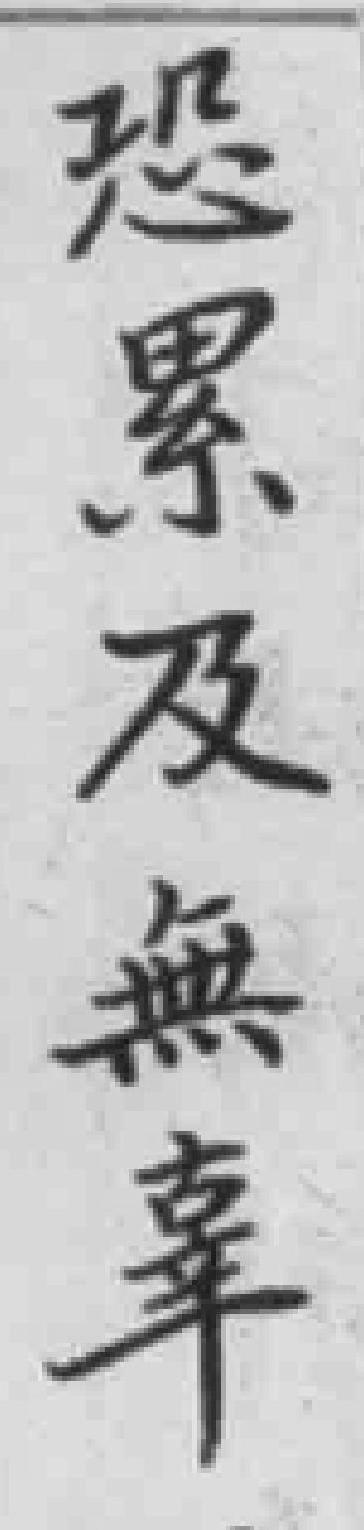
恐累及無辜